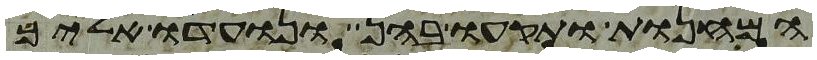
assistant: המחנות ותקעו בהן ונועדו אליך